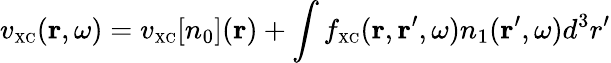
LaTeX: v_{\scriptscriptstyle\mathrm{XC}}({\mathbf r},\omega)=v_{\scriptscriptstyle\mathrm{XC}}[n_{0}]({\mathbf r})+\int f_{\scriptscriptstyle\mathrm{XC}}({\mathbf r},{\mathbf r}^{\prime},\omega)n_{1}({\mathbf r}^{\prime},\omega)d^{3}r^{\prime}